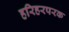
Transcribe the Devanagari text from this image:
हरिहरपरक